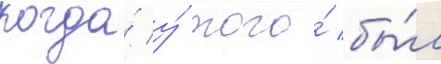
когда́ у́ того́ бы́л